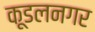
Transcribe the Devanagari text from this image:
कूडलनगर